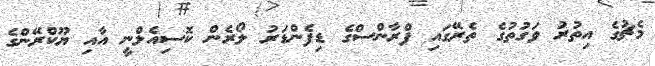
މެޗުގެ އިތުރު ވަގުތުގެ ތެރޭގައި ފްރާންސްގެ ޑިފެންޑަރު ލޯރެން ކޮސިއެލްނީ އާއި ޔޫކްރޭންގެ